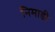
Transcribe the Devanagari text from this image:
निमाडी